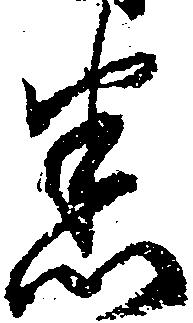
悉